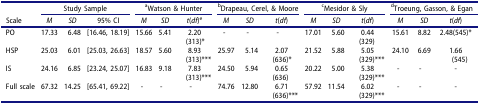
<table><thead><tr><td rowspan="2"><b>Scale</b></td><td colspan="3"><b>Study Sample</b></td><td colspan="3"><b><sup>a</sup>Watson &amp; Hunter</b></td><td colspan="3"><b><sup>b</sup>Drapeau, Cerel, &amp; Moore</b></td><td colspan="3"><b><sup>c</sup>Mesidor &amp; Sly</b></td><td colspan="3"><b><sup>d</sup>Troeung, Gasson, &amp; Egan</b></td></tr><tr><td><b><i>M</i></b></td><td><b><i>SD</i></b></td><td><b>95% CI</b></td><td><b><i>M</i></b></td><td><b><i>SD</i></b></td><td><b><i>t</i>(<i>df</i>)<sup>e</sup></b></td><td><b><i>M</i></b></td><td><b><i>SD</i></b></td><td><b><i>t</i>(<i>df</i>)</b></td><td><b><i>M</i></b></td><td><b><i>SD</i></b></td><td><b><i>t</i>(<i>df</i>)</b></td><td><b><i>M</i></b></td><td><b><i>SD</i></b></td><td><b><i>t</i>(<i>df</i>)</b></td></tr></thead><tbody><tr><td>PO</td><td>17.33</td><td>6.48</td><td>[16.46, 18.19]</td><td>15.66</td><td>5.41</td><td>2.20(313)*</td><td>-</td><td>-</td><td>-</td><td>17.01</td><td>5.60</td><td>0.44(329)</td><td>15.61</td><td>8.82</td><td>2.48(545)*</td></tr><tr><td>HSP</td><td>25.03</td><td>6.01</td><td>[25.03, 26.63]</td><td>18.57</td><td>5.60</td><td>8.93(313)***</td><td>25.97</td><td>5.14</td><td>2.07(636)*</td><td>21.52</td><td>5.88</td><td>5.05(329)***</td><td>24.10</td><td>6.69</td><td>1.66(545)</td></tr><tr><td>IS</td><td>24.16</td><td>6.85</td><td>[23.24, 25.07]</td><td>16.83</td><td>9.18</td><td>7.83(313)***</td><td>24.50</td><td>5.94</td><td>0.65(636)</td><td>20.22</td><td>5.00</td><td>5.38(329)***</td><td>-</td><td>-</td><td>-</td></tr><tr><td>Full scale</td><td>67.32</td><td>14.25</td><td>[65.41, 69.22]</td><td>-</td><td>-</td><td>-</td><td>74.76</td><td>12.80</td><td>6.71(636)***</td><td>57.92</td><td>11.54</td><td>6.02(329)***</td><td>-</td><td>-</td><td>-</td></tr></tbody></table>